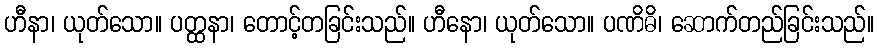
ဟီနာ၊ ယုတ်သော။ ပတ္ထနာ၊ တောင့်တခြင်းသည်။ ဟီနော၊ ယုတ်သော။ ပဏိဓိ၊ ဆောက်တည်ခြင်းသည်။